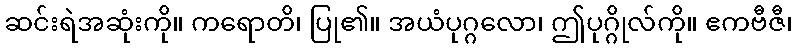
ဆင်းရဲအဆုံးကို။ ကရောတိ၊ ပြု၏။ အယံပုဂ္ဂလော၊ ဤပုဂ္ဂိုလ်ကို။ ဧကဗီဇီ၊